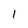
Character: l